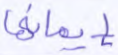
إيمانها